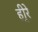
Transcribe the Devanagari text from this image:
ही्रे